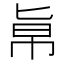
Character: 𠤚